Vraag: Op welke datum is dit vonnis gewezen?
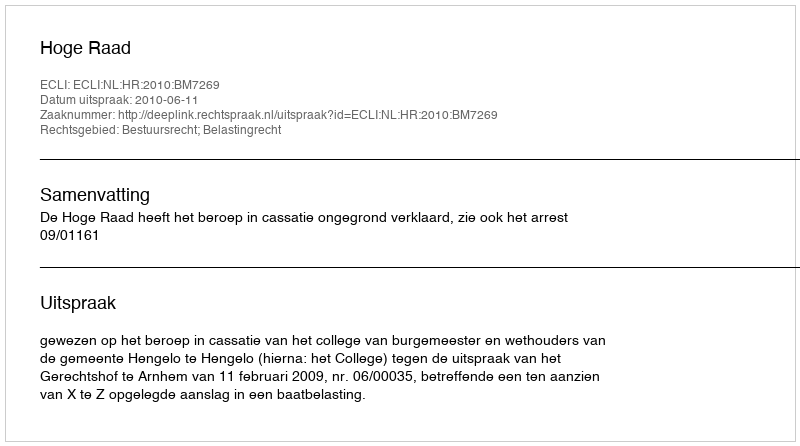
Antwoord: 2010-06-11